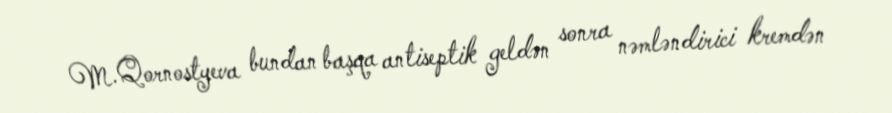
M.Qornostyeva bundan başqa antiseptik geldən sonra nəmləndirici kremdən